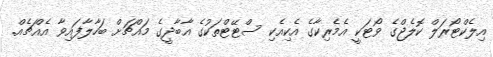
އިލެކްޓޯރަލް ކޮލެޖްގެ ވޯޓަކީ އެމެރިކާގެ އެކިއެކި ސްޓޭޓްތަކުގެ އާބާދީގެ މައްޗަށް ބަހާލާފައިވާ އެއްޗެއް.